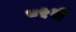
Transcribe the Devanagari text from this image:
८५वीं